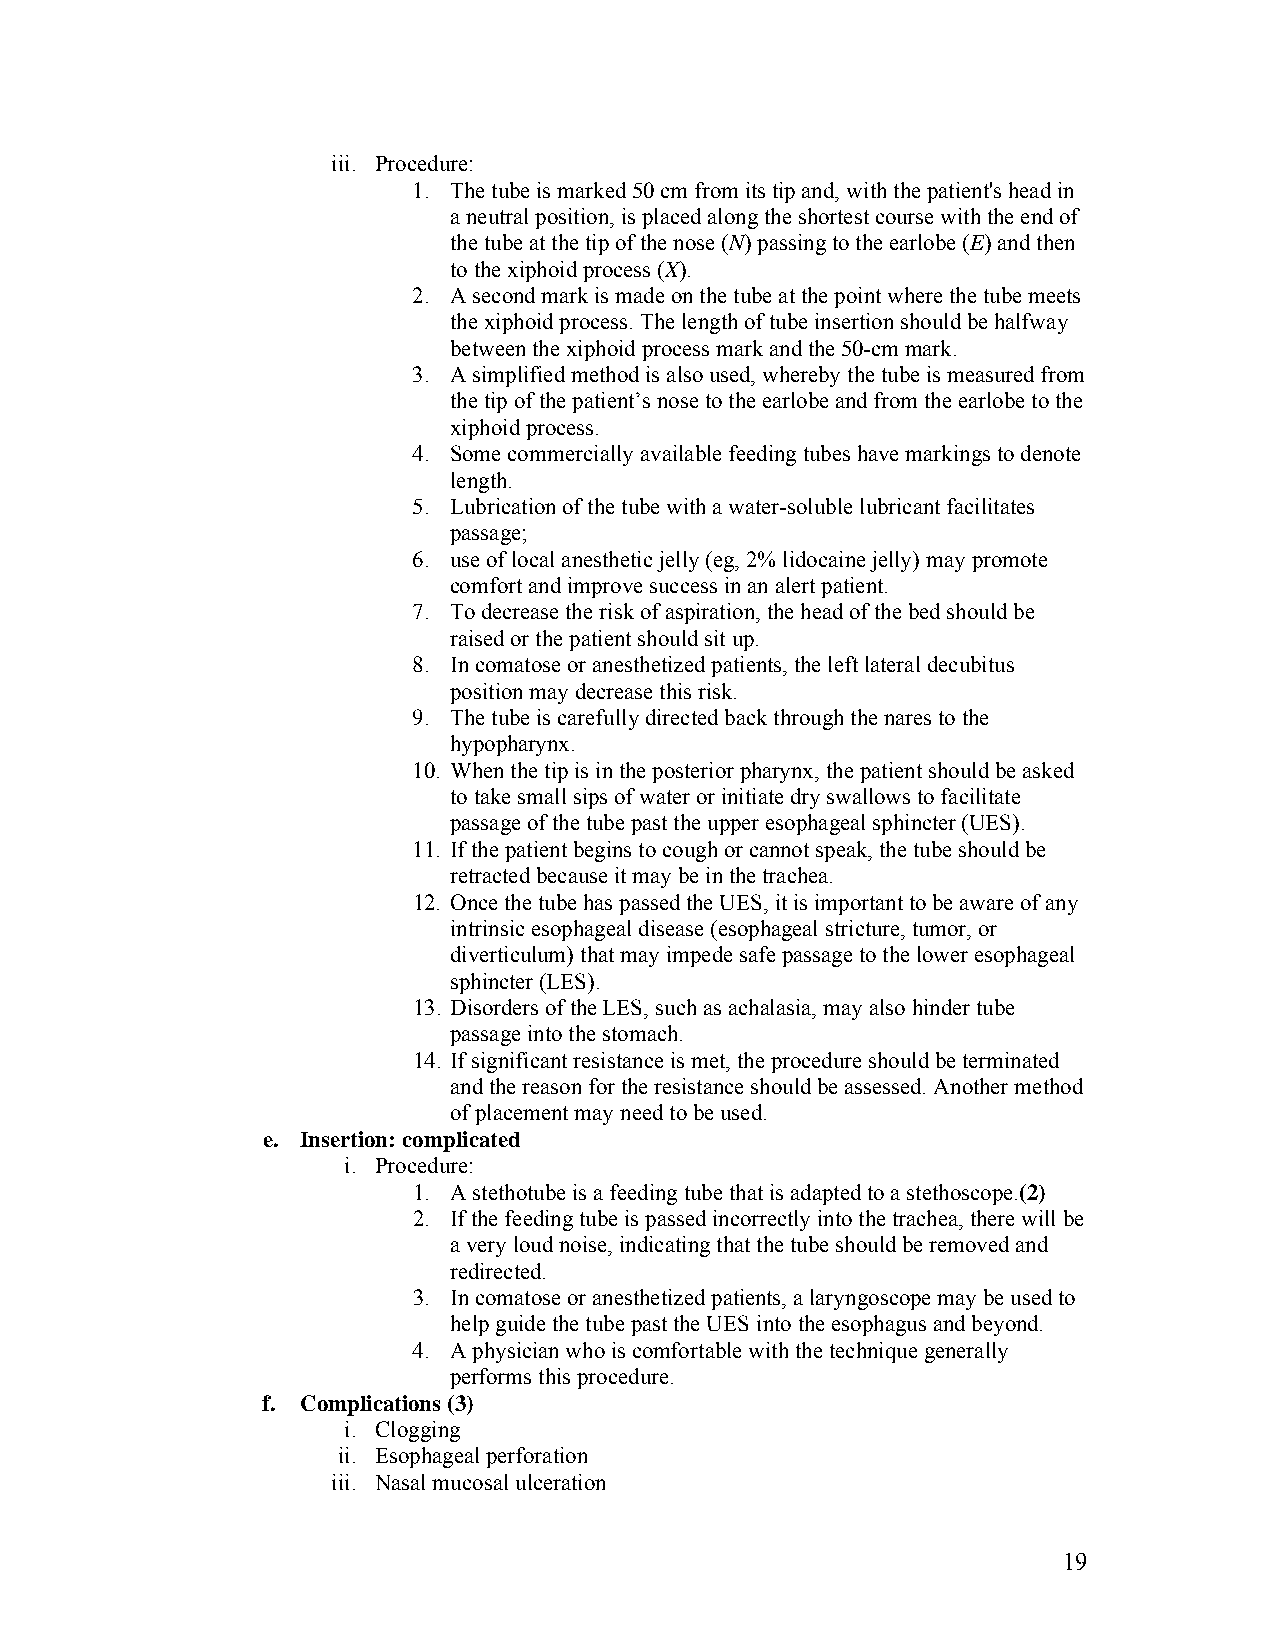
iii. Procedure:
 1. The tube is marked 50 cm from its tip and, with the patient's head in
 a neutral position, is placed along the shortest course with the end of
 the tube at the tip of the nose (N) passing to the earlobe (E) and then
 to the xiphoid process (X).
 2. A second mark is made on the tube at the point where the tube meets
 the xiphoid process. The length of tube insertion should be halfway
 between the xiphoid process mark and the 50-cm mark.
 3. A simplified method is also used, whereby the tube is measured from
 the tip of the patient’s nose to the earlobe and from the earlobe to the
 xiphoid process.
 4. Some commercially available feeding tubes have markings to denote
 length.
 5. Lubrication of the tube with a water-soluble lubricant facilitates
 passage;
 6. use of local anesthetic jelly (eg, 2% lidocaine jelly) may promote
 comfort and improve success in an alert patient.
 7. To decrease the risk of aspiration, the head of the bed should be
 raised or the patient should sit up.
 8. In comatose or anesthetized patients, the left lateral decubitus
 position may decrease this risk.
 9. The tube is carefully directed back through the nares to the
 hypopharynx.
 10. When the tip is in the posterior pharynx, the patient should be asked
 to take small sips of water or initiate dry swallows to facilitate
 passage of the tube past the upper esophageal sphincter (UES).
 11. If the patient begins to cough or cannot speak, the tube should be
 retracted because it may be in the trachea.
 12. Once the tube has passed the UES, it is important to be aware of any
 intrinsic esophageal disease (esophageal stricture, tumor, or
 diverticulum) that may impede safe passage to the lower esophageal
 sphincter (LES).
 13. Disorders of the LES, such as achalasia, may also hinder tube
 passage into the stomach.
 14. If significant resistance is met, the procedure should be terminated
 and the reason for the resistance should be assessed. Another method
 of placement may need to be used.
 e. Insertion: complicated
 i. Procedure:
 1. A stethotube is a feeding tube that is adapted to a stethoscope.(2)
 2. If the feeding tube is passed incorrectly into the trachea, there will be
 a very loud noise, indicating that the tube should be removed and
 redirected.
 3. In comatose or anesthetized patients, a laryngoscope may be used to
 help guide the tube past the UES into the esophagus and beyond.
 4. A physician who is comfortable with the technique generally
 performs this procedure.
 f. Complications (3)
 i. Clogging
 ii. Esophageal perforation
 iii. Nasal mucosal ulceration
 19